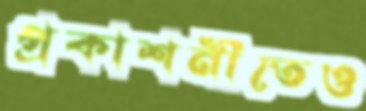
প্রকাশনীতেও